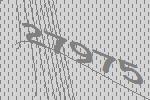
27975